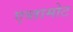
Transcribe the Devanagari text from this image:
एव्तामोट